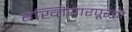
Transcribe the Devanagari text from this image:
बख्तियारपूरची